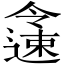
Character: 𨗜